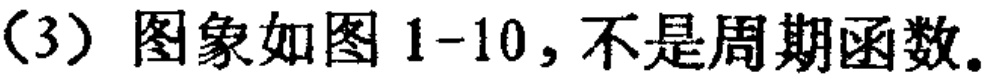
(3) 图象如图 1-10，不是周期函数。